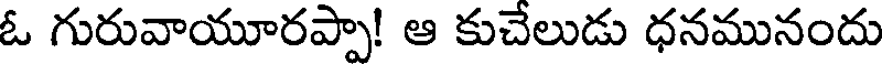
ఓ గురువాయూరప్పా! ఆ కుచేలుడు ధనమునందు